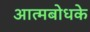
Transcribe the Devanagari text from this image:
आत्मबोधके